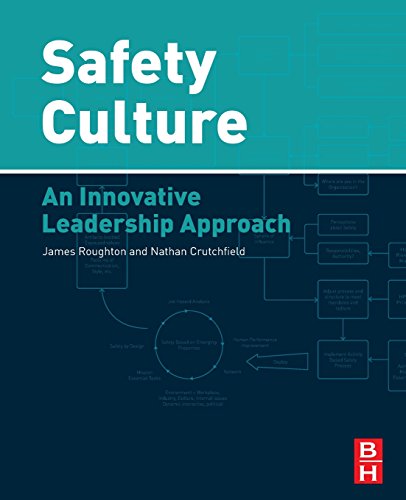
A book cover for Safety Culture: An Innovative Leadership Approach; James Roughton Certified Safety Professional (CSP); Canadian Registered Safety Professional (CRSP); Certified Hazardous Materials Manager (CHMM); MS in Safety Science; Past President of the Georgia Chapter of ASSE; Science & Math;